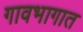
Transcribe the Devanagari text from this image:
गावभागात